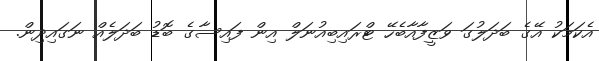
އެކަމަކު އޭގެ ބަދަލުގަ ވަޒީފާއާބެހޭ ޓްރައިބިއުނަލް އިން ފައިސާގެ ބޮޑު ބަދަލެއް ނަގައިދިން.